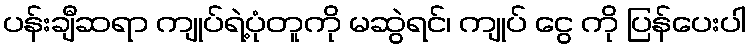
ပန်းချီဆရာ ကျုပ်ရဲ့ပုံတူကို မဆွဲရင်၊ ကျုပ် ငွေ ကို ပြန်ပေးပါ